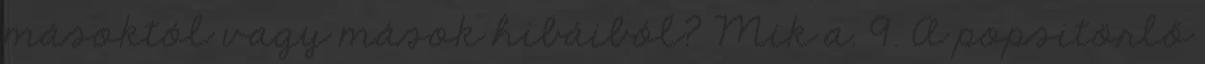
másoktól vagy mások hibáiból? Mik a. 9. A popsitörlő